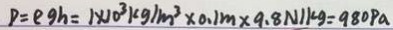
P = e g h = 1 \times 1 0 ^ { 3 } k g / m ^ { 3 } \times 0 . 1 m \times 9 . 8 N / k g = 9 8 0 P a